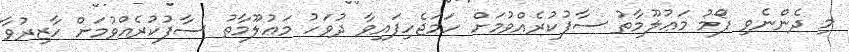
މި ދެންނެވި ފޯމު މަޢުލޫމާތު ސާފުކުރެއްވުމަށް ހަމަޖެހިފައިވާ ދުވަހު މަޢުލޫމާތު ސާފުކުރެއްވުމަށް ހާޒިރުވާ